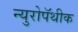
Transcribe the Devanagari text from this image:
न्युरोपॅथीक